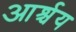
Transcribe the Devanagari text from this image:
आर्श्चय